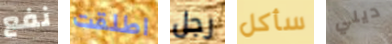
نفع اطلقت رجل سأكل ديلي